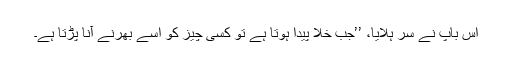
اس باپ نے سر ہلایا، ’’جب خلا پیدا ہوتا ہے تو کسی چیز کو اسے بھرنے آنا پڑتا ہے۔